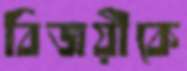
বিজয়ীকে